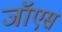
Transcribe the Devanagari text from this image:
जॉएस